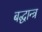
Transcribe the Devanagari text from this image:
बद्धान्त्र